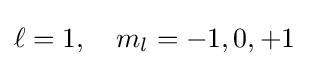
\ell =1,\quad m_{l}=-1,0,+1